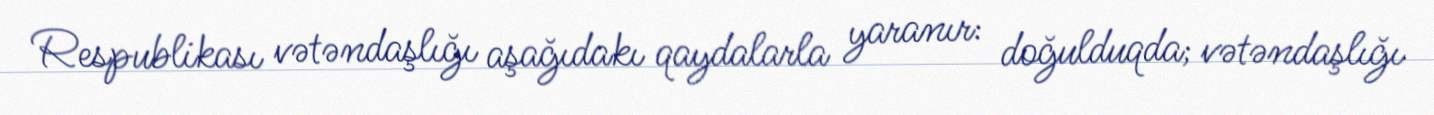
Respublikası vətəndaşlığı aşağıdakı qaydalarla yaranır: doğulduqda; vətəndaşlığı